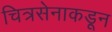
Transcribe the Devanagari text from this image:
चित्रसेनाकडून